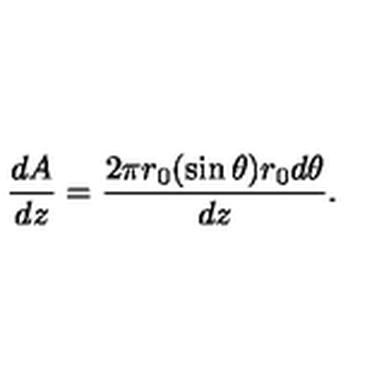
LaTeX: \frac { d A } { d z } = \frac { 2 \pi r _ { 0 } ( \sin \theta ) r _ { 0 } d \theta } { d z } .